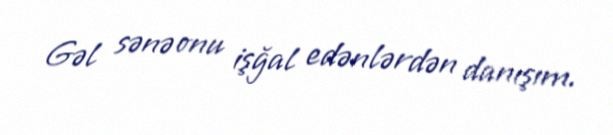
Gəl sənə onu işğal edənlərdən danışım.